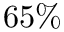
6 5 \%